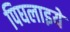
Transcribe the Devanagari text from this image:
पिघलाइये